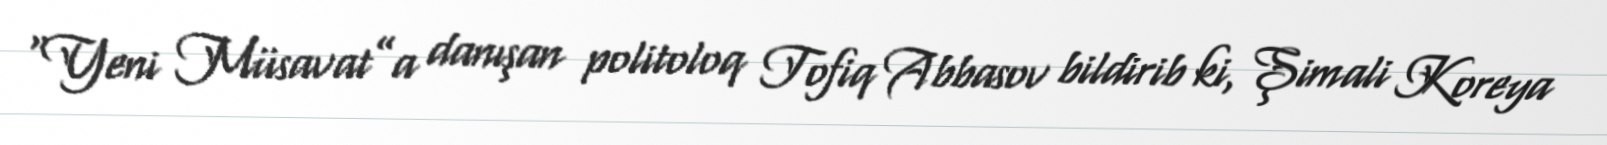
“Yeni Müsavat”a danışan politoloq Tofiq Abbasov bildirib ki, Şimali Koreya